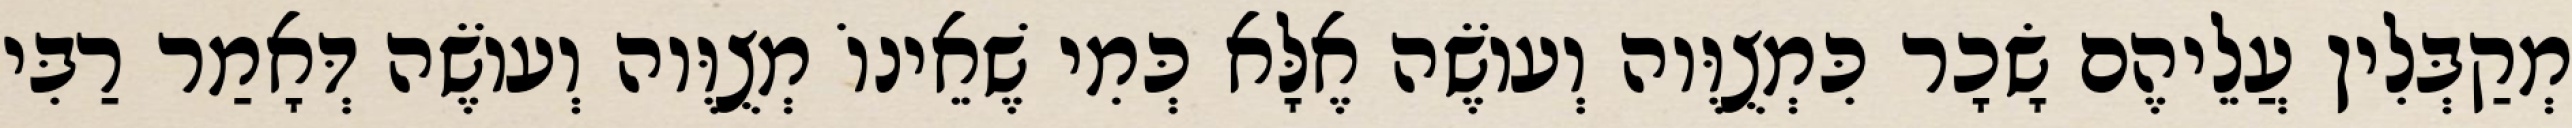
מְקַבְּלִין עֲלֵיהֶם שָׂכָר כִּמְצֻוֶּוה וְעוֹשֶׂה אֶלָּא כְּמִי שֶׁאֵינוֹ מְצֻוֶּוה וְעוֹשֶׂה דְּאָמַר רַבִּי